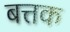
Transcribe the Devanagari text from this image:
बत्तक